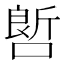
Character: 𠻡